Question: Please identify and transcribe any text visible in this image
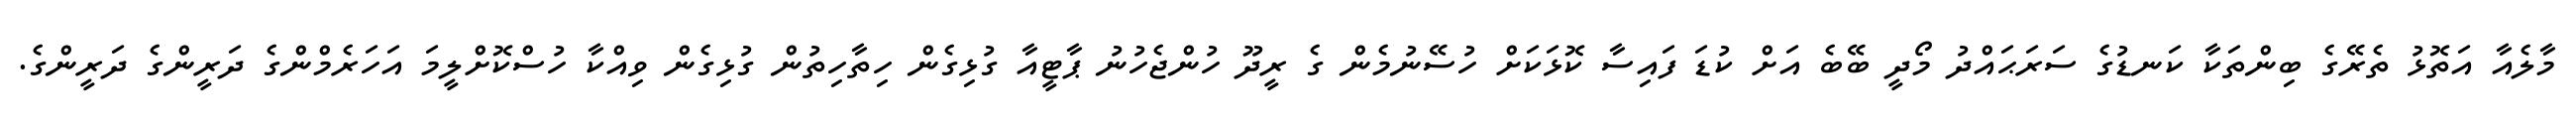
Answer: މާލެއާ އަތޮޅު ތެރޭގެ ބިންތަކާ ކަނޑުގެ ސަރަޙައްދު މޯދީ ބޭބެ އަށް ކުޑަ ފައިސާ ކޮޅަކަށް ހުސޭނުމެން ގެ ރީދޫ ހުންޖެހުނު ޕާޓީއާ ގުޅިގެން ހިތާހިތުން ގުޅިގެން ވިއްކާ ހުސްކޮށްލީމަ އަހަރެމްންގެ ދަރީންގެ ދަރީންގެ.